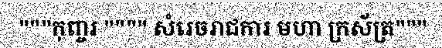
"""កុញ្ចរ """" សំរេចរាជការ មហា ក្រស័ត្រ"""